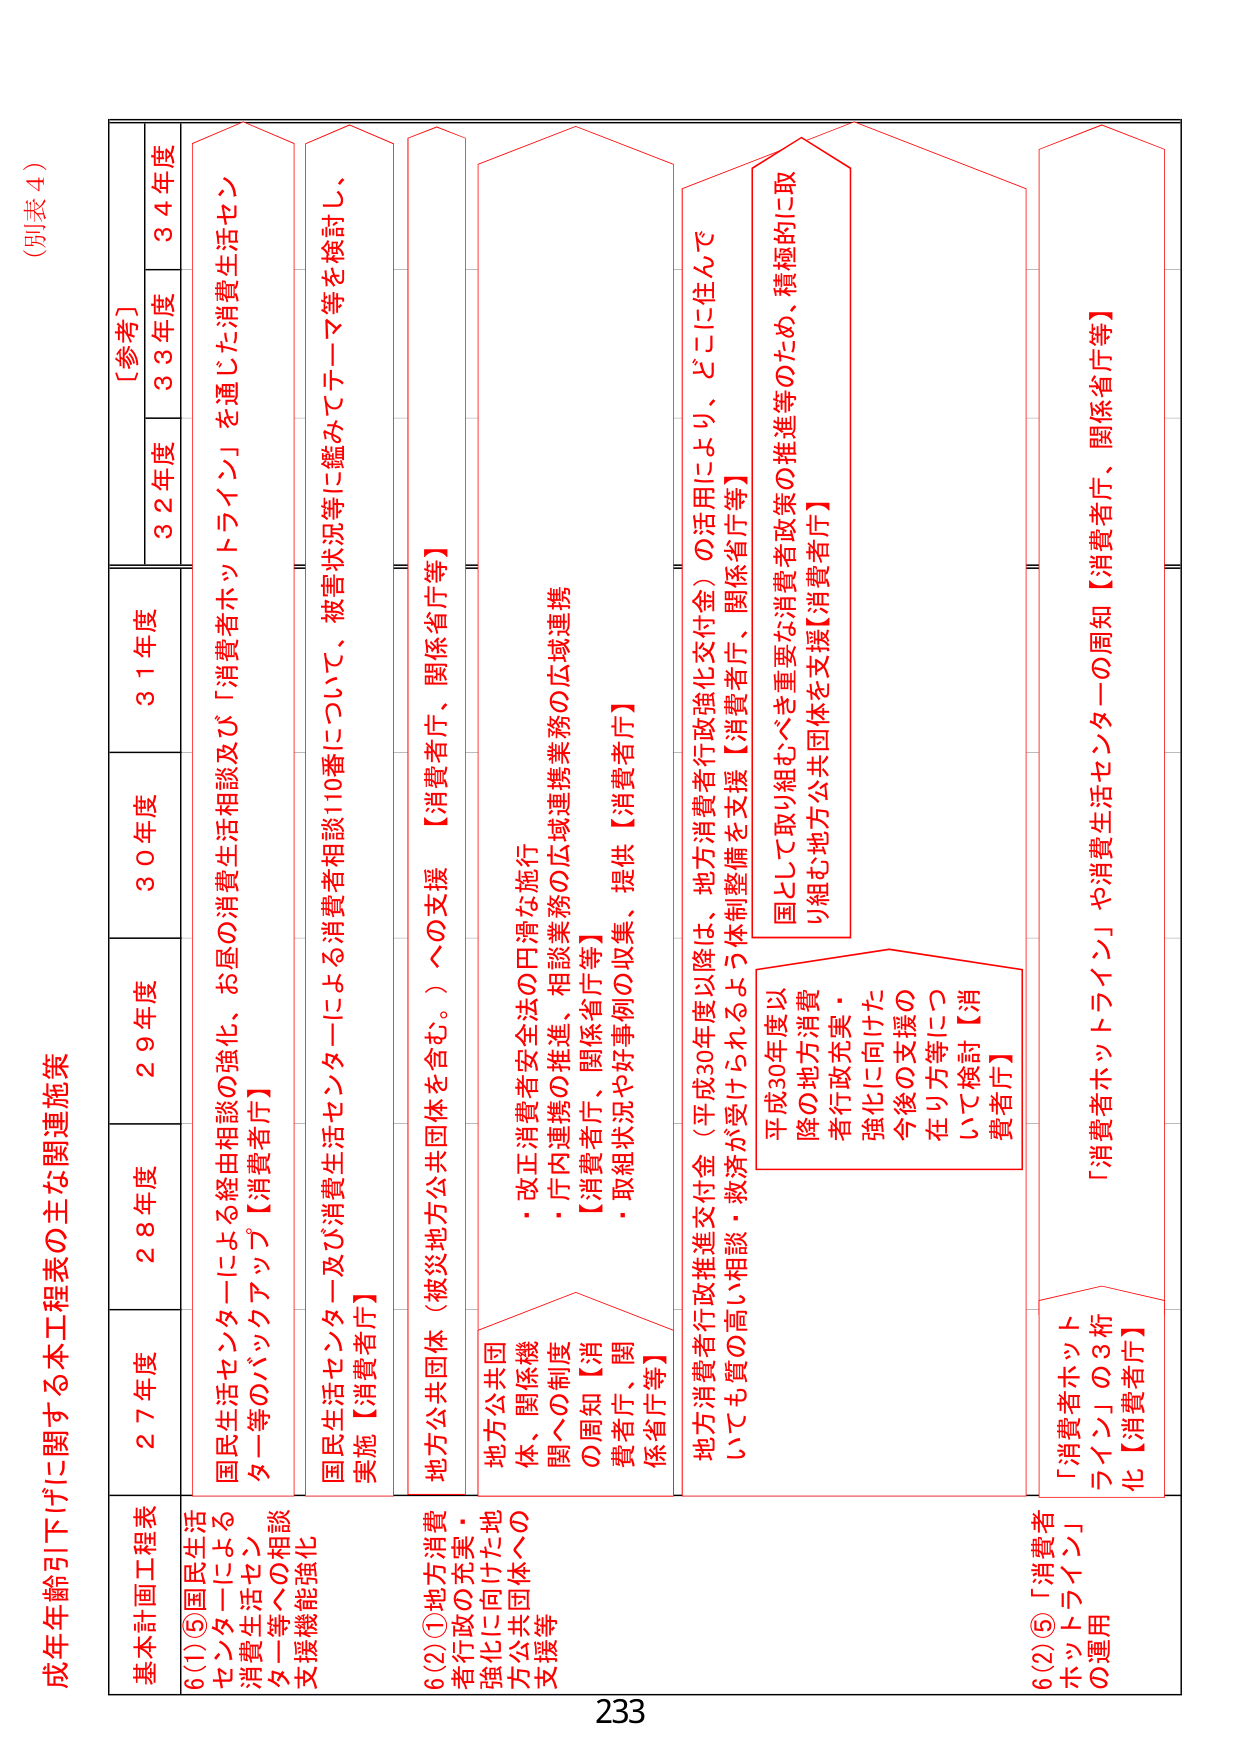
（別表４）

成年年齢引下げに関する本工程表の主な関連施策

基本計画工程表

6(1)⑤国民生活センターによる経由相談の強化、お昼の消費生活相談及び「消費者ホットライン」を通じた消費生活センター等のバックアップ【消費者庁】

6(2)①地方消費者行政の充実・強化に向けた地方公共団体への支援等

6(2)⑤「消費者ホットライン」の運用

27年度
28年度
29年度
30年度
31年度
32年度
33年度
34年度
［参考］

国民生活センター及び消費生活センターによる消費者相談110番について、被害状況等に鑑みてテーマ等を検討し、実施【消費者庁】

地方公共団体（被災地方公共団体を含む。）への支援【消費者庁、関係省庁等】

地方公共団体、関係機関への制度の周知【消費者庁、関係省庁等】

・改正消費者安全法の円滑な施行
・庁内連携の推進、相談業務の広域連携業務の広域連携
【消費者庁、関係省庁等】
・取組状況や好事例の収集、提供【消費者庁】

地方消費者行政推進交付金（平成30年度以降は、地方消費者行政強化交付金）の活用により、どこに住んでいても質の高い相談・救済が受けられるよう体制整備を支援【消費者庁、関係省庁等】

平成30年度以降の地方消費者行政充実・強化に向けた今後の支援の在り方等について検討【消費者庁】

「消費者ホットライン」の3桁化【消費者庁】

「消費者ホットライン」や消費生活センターの周知【消費者庁、関係省庁等】

国として取り組むべき重要な消費者政策の推進等のため、積極的に取り組む地方公共団体を支援【消費者庁】

233